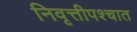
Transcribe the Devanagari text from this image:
निवृत्तीपश्चात